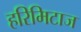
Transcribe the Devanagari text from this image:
हरिमिटाज